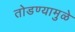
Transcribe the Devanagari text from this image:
तोडण्यामुळे